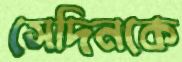
সেদিনকে